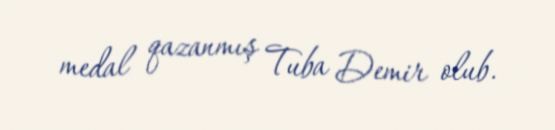
medal qazanmış Tuba Demir olub.